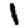
Digit: 1